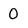
Character: O